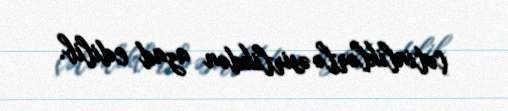
çətinliklərlə əsirlikdən azad edilib.